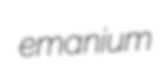
emanium